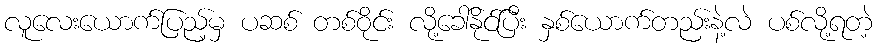
လူလေးယောက်ပြည့်မှ ပဆစ် တစ်ဝိုင်း လို့ခေါ်နိုင်ပြီး နှစ်ယောက်တည်းနဲ့လဲ ပစ်လို့ရတဲ့